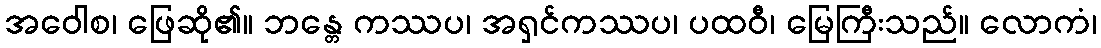
အဝေါစ၊ ဖြေဆို၏။ ဘန္တေ ကဿပ၊ အရှင်ကဿပ၊ ပထဝီ၊ မြေကြီးသည်။ လောကံ၊